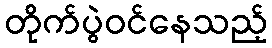
တိုက်ပွဲဝင်နေသည့်